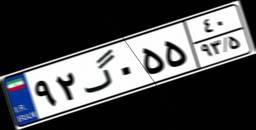
۲۹گ۷۵۳۷۳